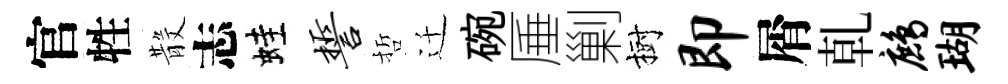
官牲𣪚志蛙誓哲迁碗厜剿樹即屑乹鹧瑚